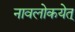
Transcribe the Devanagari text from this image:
नावलोकयेत्